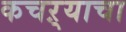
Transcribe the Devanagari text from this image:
कचऱ्याचा